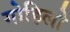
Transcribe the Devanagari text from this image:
गोहिलो